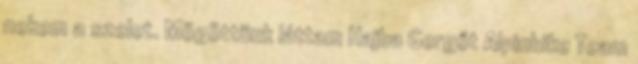
nekem a szelet. Mögöttünk láttam Hajba Gergőt Alpinbike Team